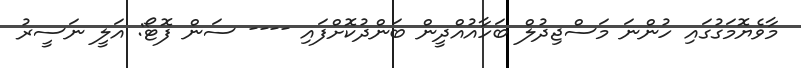
މާވެޔޮމަގުގައި ހުންނަ މަސްޖިދުލް ބަހާއުއްދީން ބަންދުކޮށްފައި ---- ސަން ފޮޓޯ: އަލީ ނަސީރު